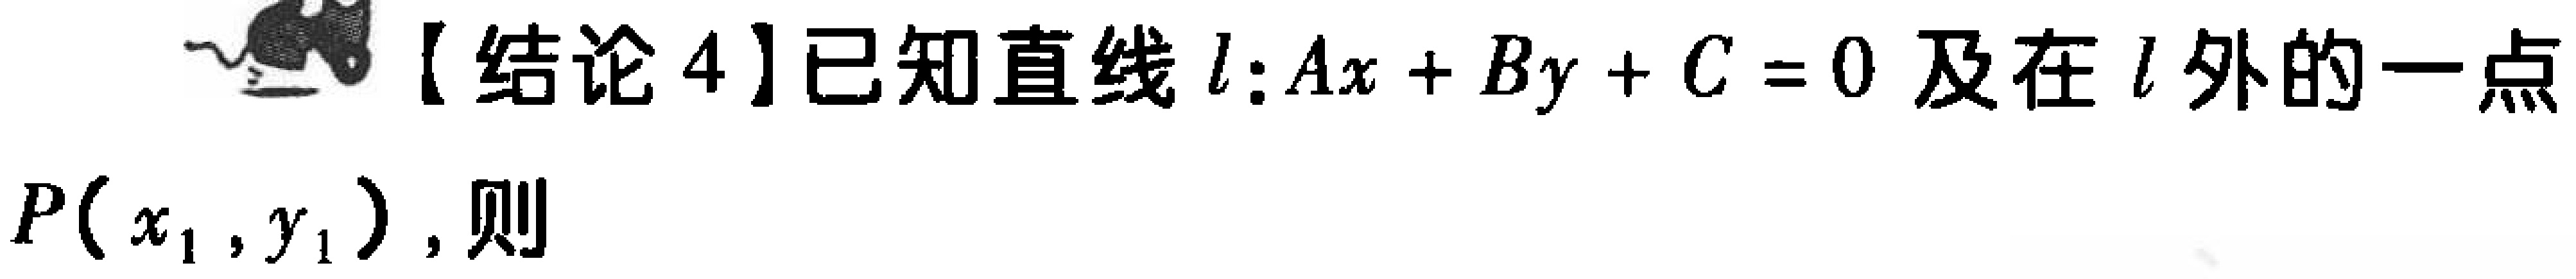
【结论4】已知直线\(l:Ax + By + C = 0\)及在\(l\)外的一点\(P(x_1,y_1)\)，则